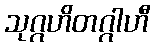
သုဂ္ဂဟိတဂ္ဂါဟီ